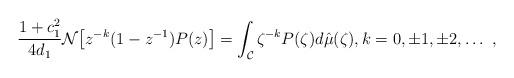
LaTeX: \begin{align*} \frac{1+c_1^2}{4d_1} \mathcal{N}\big[z^{-k}(1-z^{-1})P(z)\big] = \int_\mathcal{C}\zeta^{-k} P(\zeta) d \hat{\mu}(\zeta), k=0, \pm1, \pm2, \ldots \ ,\end{align*}